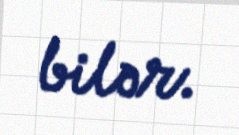
bilər.